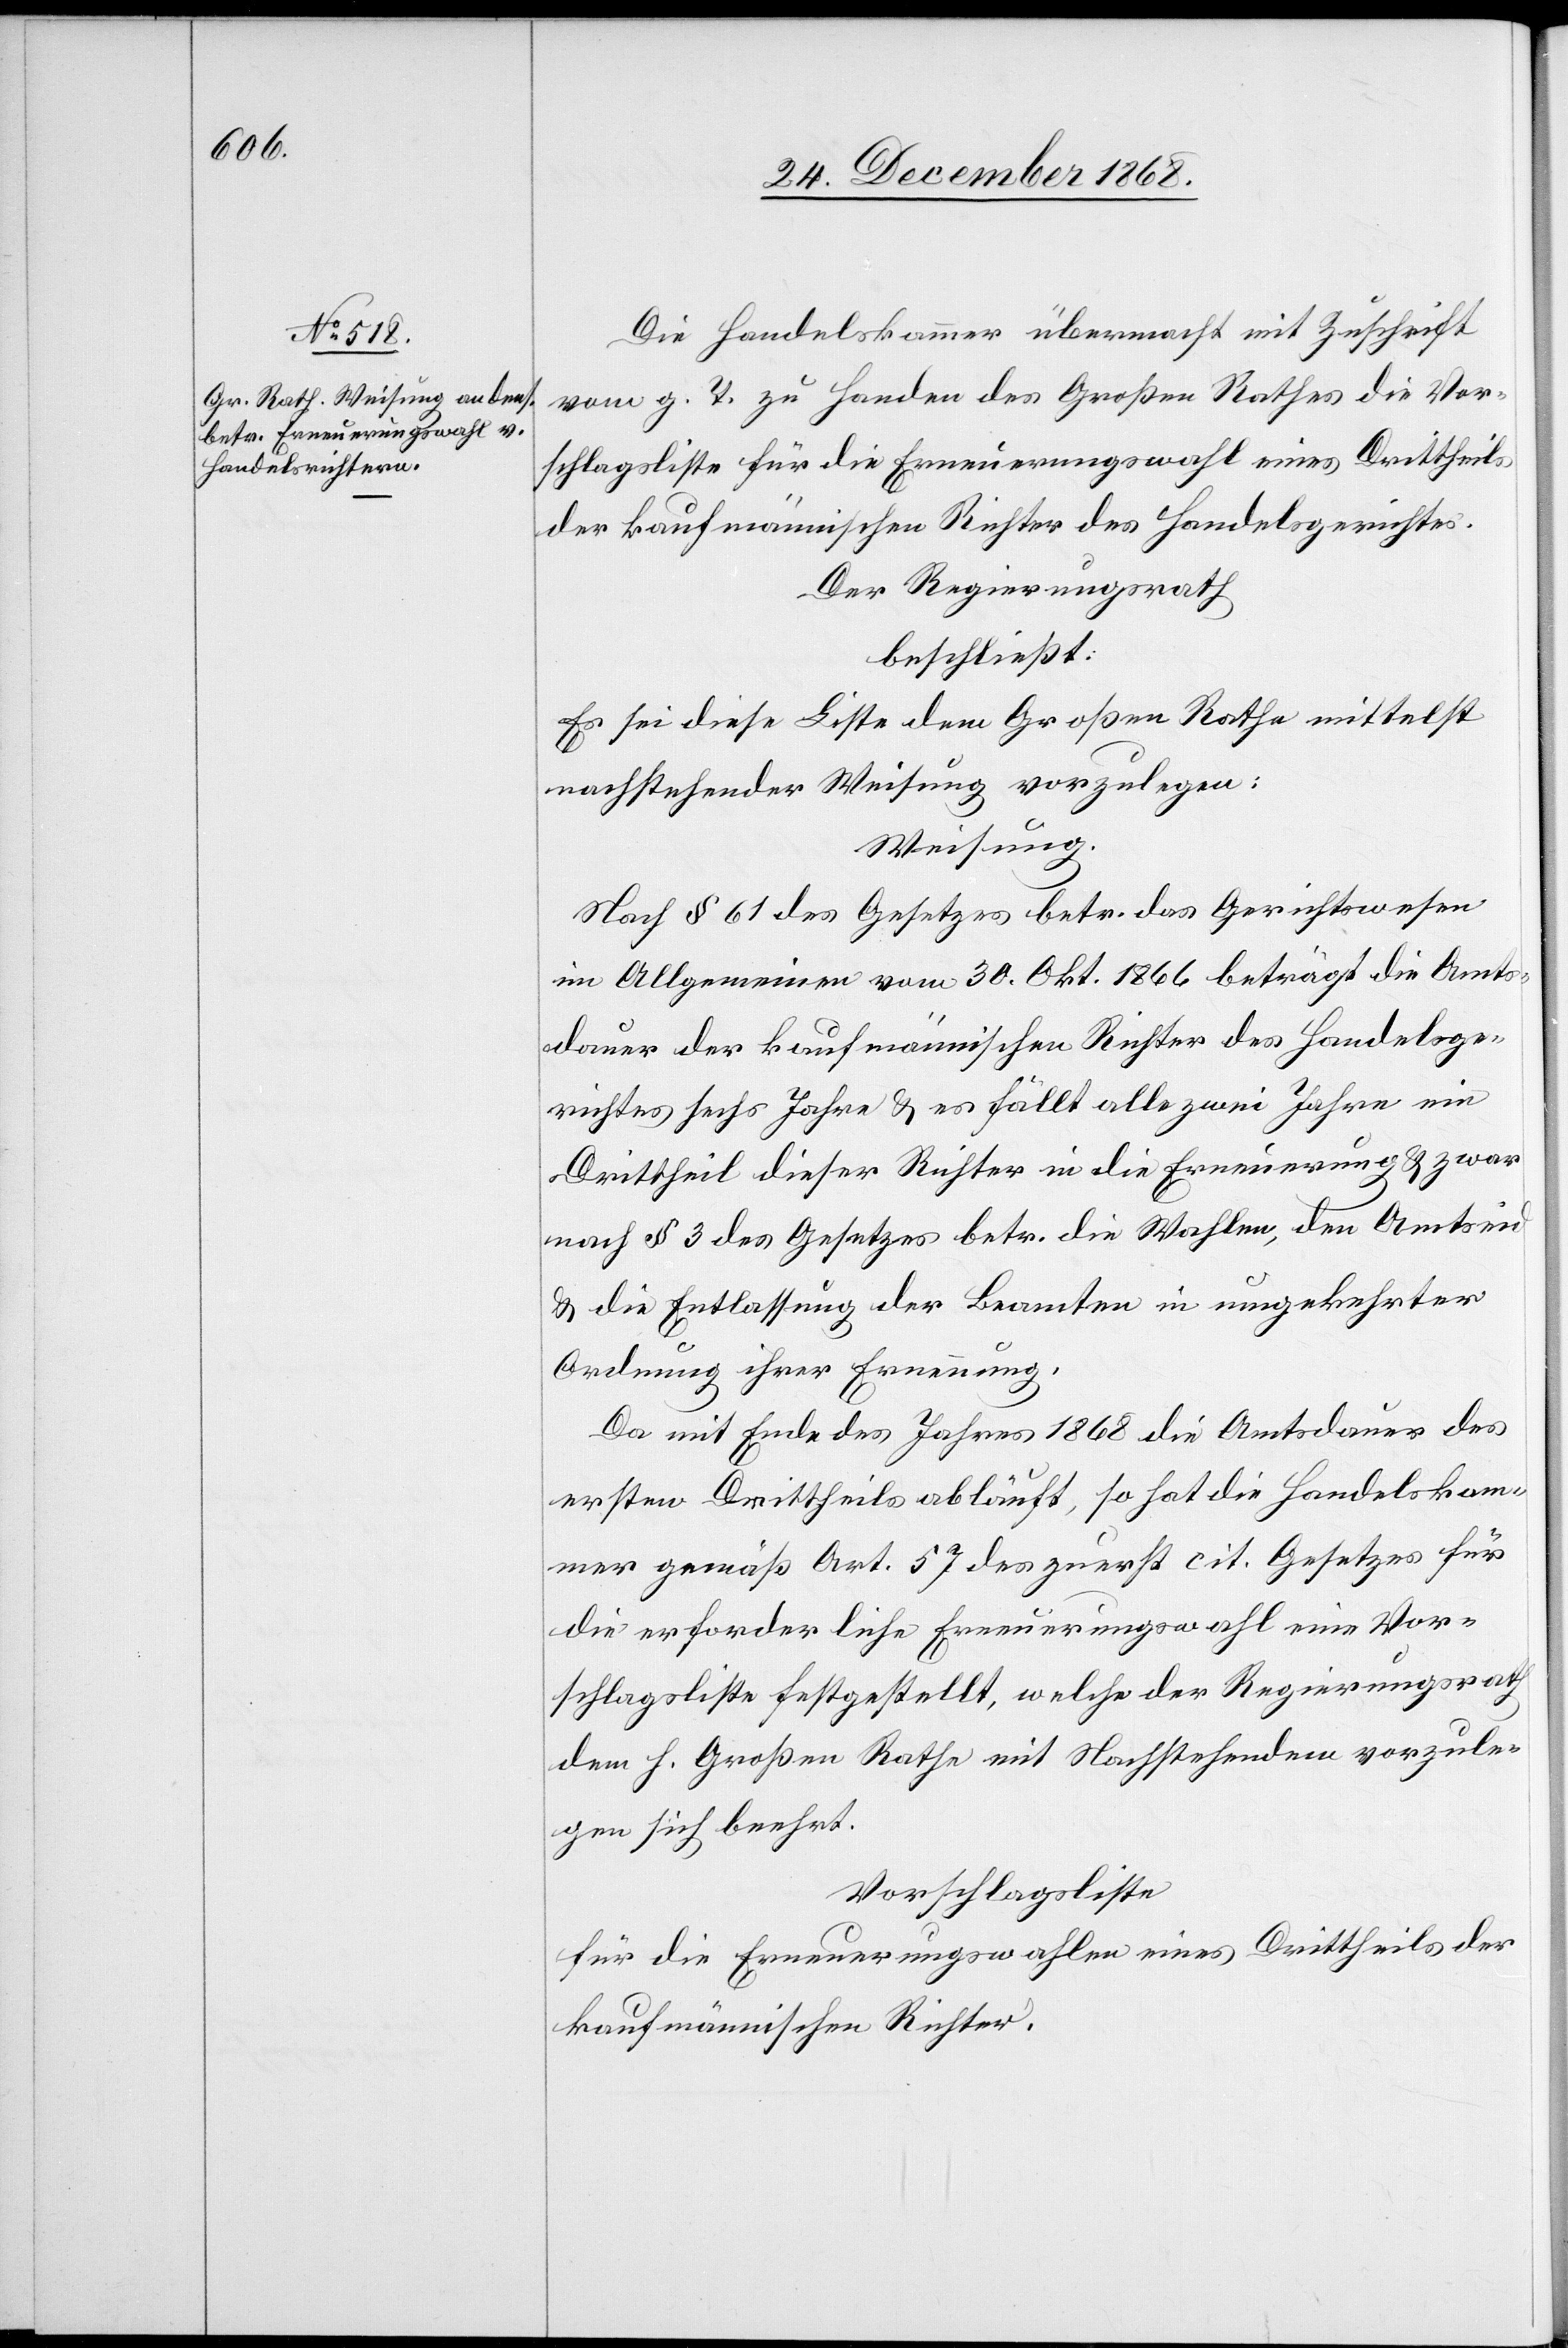
Die Handelskammer übermacht mit Zuschrift
vom g. T. zu Handen des Großen Rathes die Vor¬
schlagsliste für die Erneuerungswahl eines Drittheils
der kaufmännischen Richter des Handelsgerichtes.
Der Regierungsrath
beschließt:
Es sei diese Liste dem Großen Rathe mittelst
nachstehender Weisung vorzulegen:
Weisung.
Nach § 61 des Gesetzes betr. das Gerichtswesen
im Allgemeinen vom 30. Okt. 1866 beträgt die Amts¬
dauer der kaufmännischen Richter des Handelsge¬
richtes sechs Jahre & es fällt alle zwei Jahre ein
Drittheil dieser Richter in die Erneuerung & zwar
nach § 3 des Gesetzes betr. die Wahlen, den Amtseid
& die Entlassung der Beamten in umgekehrter
Ordnung ihrer Ernennung.
Da mit Ende des Jahres 1868 die Amtsdauer des
ersten Drittheils abläuft, so hat die Handelskam¬
mer gemäß Art. 57 des zuerst cit. Gesetzes für
die erforderliche Erneuerungswahl eine Vor¬
schlagsliste festgestellt, welche der Regierungsrath
dem h. Großen Rathe mit Nachstehendem vorzule¬
gen sich beehrt.
Vorschlagsliste
für die Erneuerungswahlen eines Drittheils der
kaufmännischen Richter.